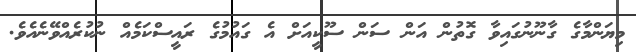
މިޔަންމާގެ ގާނޫނުގައިވާ ގޮތުން އަން ސަން ސޫކީއަށް އެ ގައުމުގެ ރައީސްކަމެއް ނުކުރެއްވޭނެއެވެ.